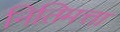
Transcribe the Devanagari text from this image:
नितिमत्ता